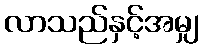
လာသည်နှင့်အမျှ